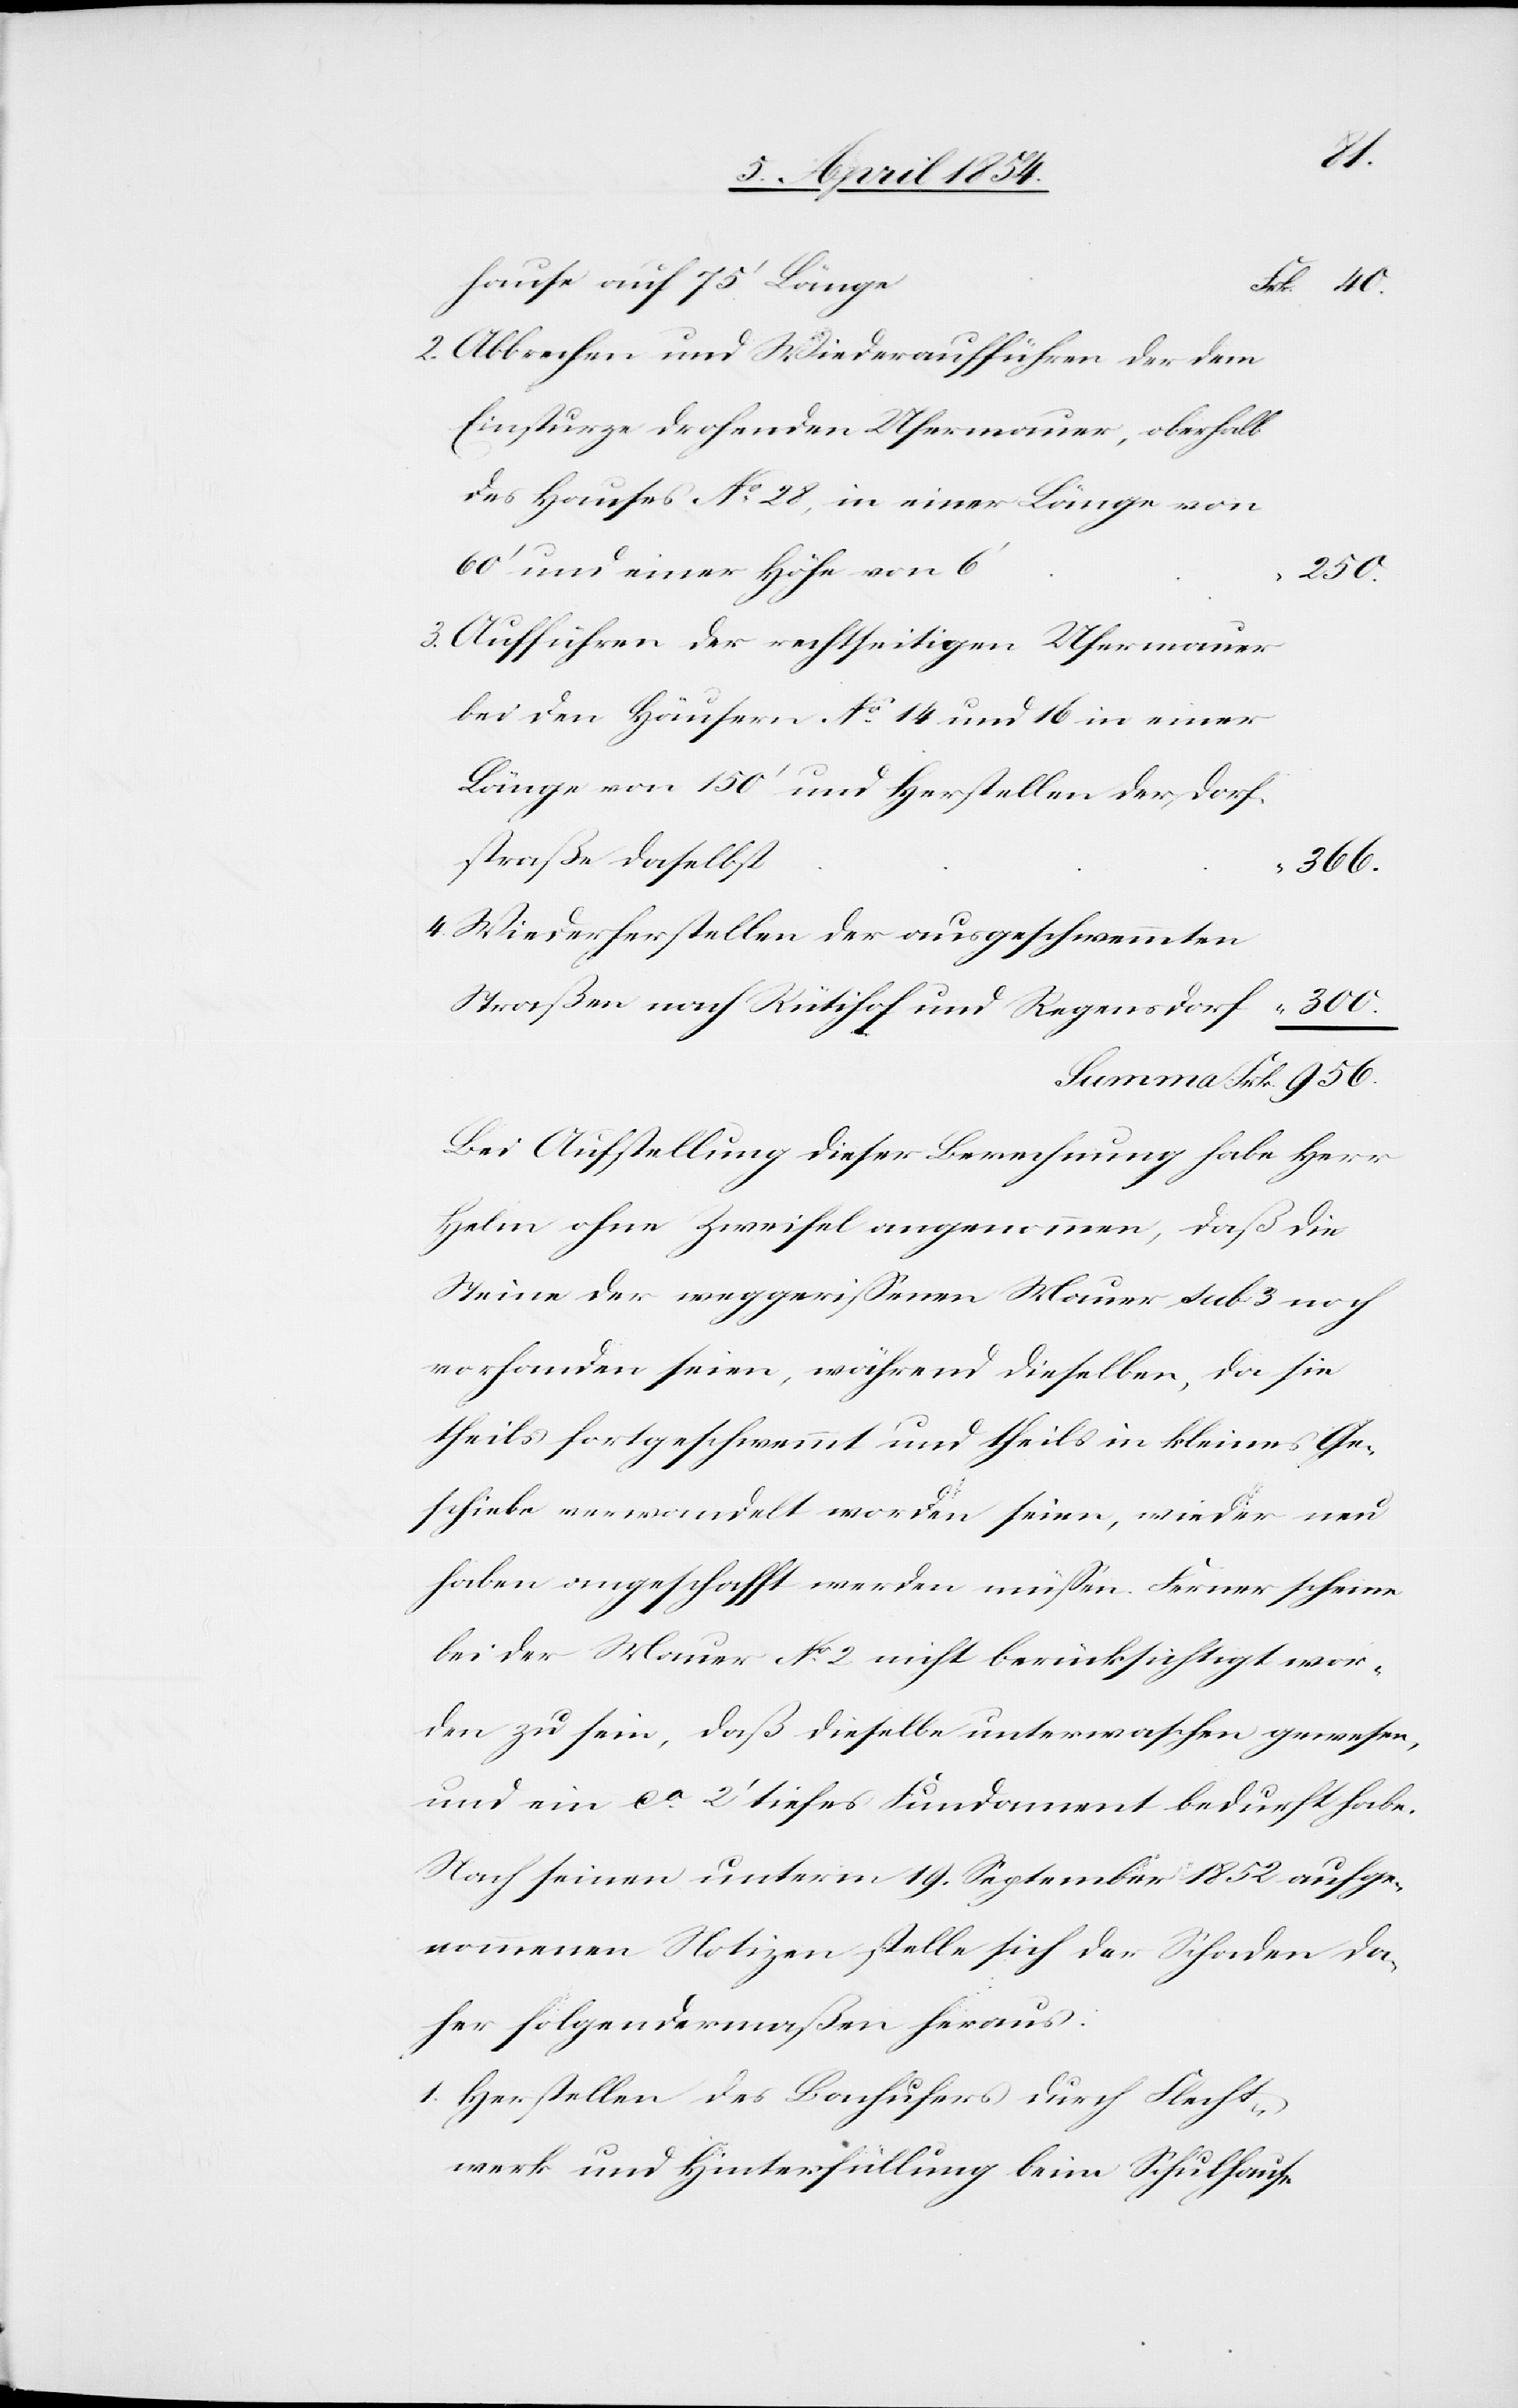
Frk.
hause auf 75‘ Länge.
Abbrechen und Wiederaufführen der dem
Einsturze drohenden Ufermauer, oberhalb
des Hauses No 28, in einer Länge von
60‘ und einer Höhe von 6‘
250.
Aufführen der rechtseitigen Ufermauer
bei den Häusern No 14 und 16 in einer
Länge von 150‘ und Herstellen der Dorf¬
straße daselbst
956.
Wiederherstellen der ausgeschwemmten
Straßen nach Rütihof und Regensdorf
Bei Aufstellung dieser Berechnung habe Herr
Helm ohne Zweifel angenommen, daß die
Steine der weggerißenen Mauer sub 3 noch
vorhanden seien, während dieselben, da sie
theils fortgeschwemmt und theils in kleines Ge¬
schiebe verwandelt worden seien, wieder neu
haben angeschafft werden müßen. Ferner scheine
bei der Mauer No 2 nicht berücksichtigt wor¬
den zu sein, daß dieselbe unterwaschen gewesen,
und ein ca 2‘ tiefes Fundament bedurft habe.
Nach seinen unterm 19. September 1852 aufge¬
nommenen Notizen stelle sich der Schaden da¬
her folgendermaßen heraus:
Herstellen des Bachufers durch Flecht¬
werk und Hinterfüllung beim Schulhause